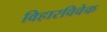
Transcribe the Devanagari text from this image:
विहारविवेक